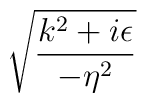
\sqrt{\frac{k^{2}+i\epsilon }{-\eta ^{2}}}